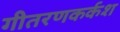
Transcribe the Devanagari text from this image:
गीतरणकर्कश